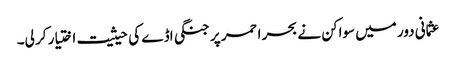
عثمانی دور میں سواکن نے بحر احمر پر جنگی اڈے کی حیثیت اختیار کر لی۔